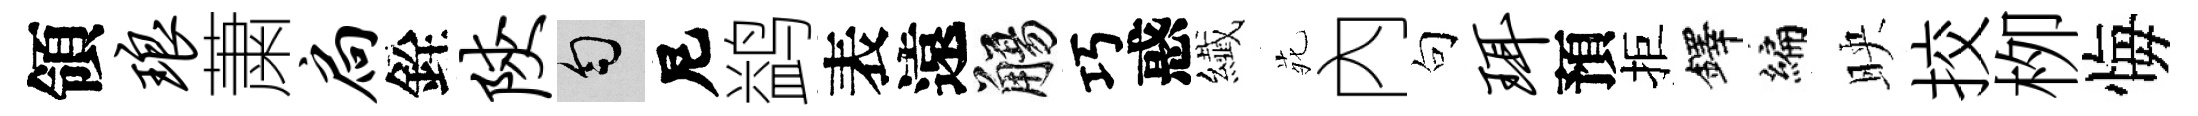
領琅䔥扃銓陕匀尼鹢表遠觴巧惑纎𫟍內句珥預拒鐸编映挍栁悔